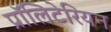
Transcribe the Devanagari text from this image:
प्रॉलिटेरियन